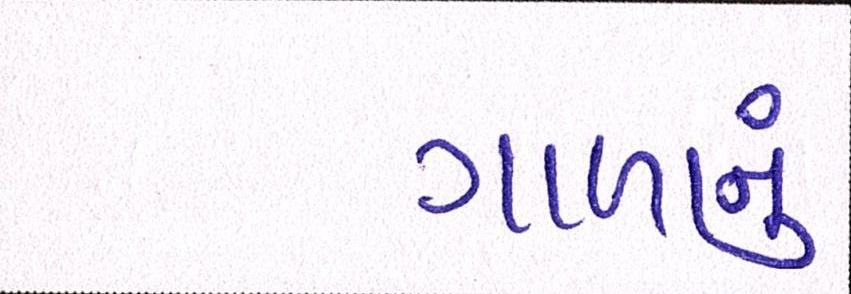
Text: ગાળાનું